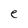
Character: e